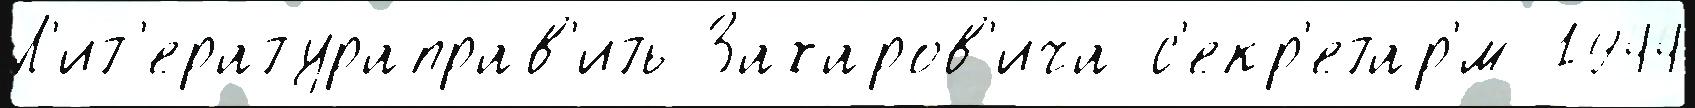
Л'ит'ератураправ'ить Захаров'ича с'екр'етар'́м 1944